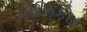
કોઝિકોડ